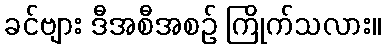
ခင်ဗျား ဒီအစီအစဉ် ကြိုက်သလား။